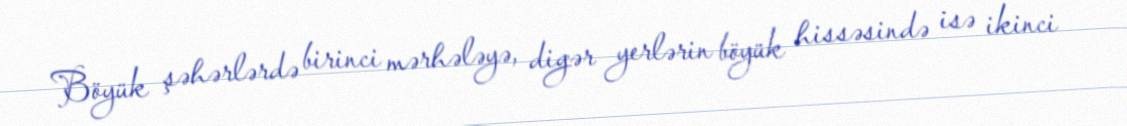
Böyük şəhərlərdə birinci mərhələyə, digər yerlərin böyük hissəsində isə ikinci